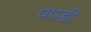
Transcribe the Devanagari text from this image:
पपडी़